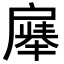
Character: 𪭚